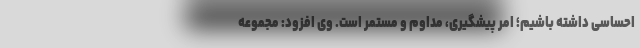
احساسی داشته باشیم؛ امر پیشگیری، مداوم و مستمر است. وی افزود: مجموعه